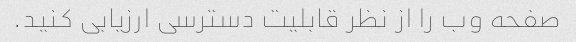
صفحه وب را از نظر قابلیت دسترسی ارزیابی کنید.